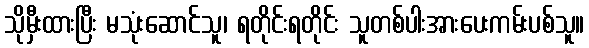
သိုမှီးထားပြီး မသုံးဆောင်သူ၊ ရတိုင်းရတိုင်း သူတစ်ပါးအားပေးကမ်းပစ်သူ။